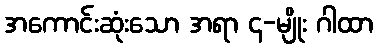
အကောင်းဆုံးသော အရာ ၄-မျိုး ဂါထာ